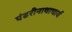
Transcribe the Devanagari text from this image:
पंढरीनाथाचार्य